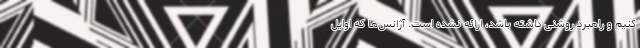
کنیم و راهبرد روشنی داشته باشد، ارائه نشده است. آژانس‌ها که اوایل